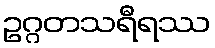
ဥဂ္ဂတသရီရဿ